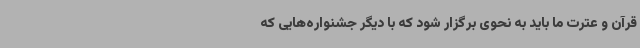
قرآن و عترت ما باید به نحوی برگزار شود که با دیگر جشنواره‌هایی که